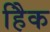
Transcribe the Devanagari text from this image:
हैिक